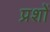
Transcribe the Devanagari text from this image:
प्रशों